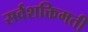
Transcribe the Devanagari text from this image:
सर्वशक्तिमती